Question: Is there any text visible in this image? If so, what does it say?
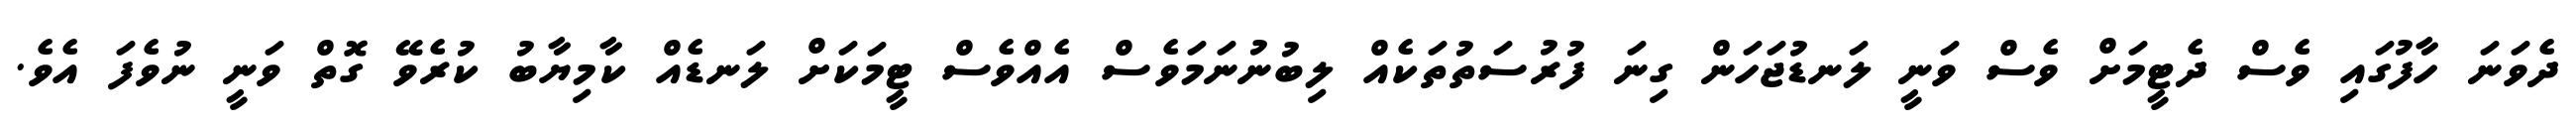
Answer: ދެވަނަ ހާފުގައި ވެސް ދެޓީމަށް ވެސް ވަނީ ލަނޑުޖަހަން ގިނަ ފުރުސަތުތަކެއް ލިބުނުނަމަވެސް އެއްވެސް ޓީމަކަށް ލަނޑެއް ކާމިޔާބު ކުރެވޭ ގޮތް ވަނީ ނުވެފަ އެވެ.